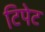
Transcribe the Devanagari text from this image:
टिपेट